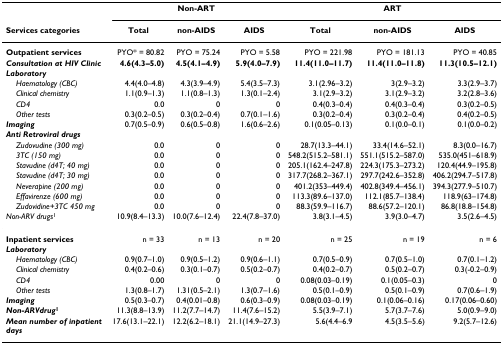
<table><thead><tr><td></td><td colspan="3"><b>Non-ART</b></td><td colspan="3"><b>ART</b></td></tr><tr><td><b>Services categories</b></td><td><b>Total</b></td><td><b>non-AIDS</b></td><td><b>AIDS</b></td><td><b>Total</b></td><td><b>non-AIDS</b></td><td><b>AIDS</b></td></tr></thead><tbody><tr><td><b>Outpatient services</b></td><td>PYO* = 80.82</td><td>PYO = 75.24</td><td>PYO = 5.58</td><td>PYO = 221.98</td><td>PYO = 181.13</td><td>PYO = 40.85</td></tr><tr><td><b><i>Consultation at HIV Clinic</i></b></td><td><b>4.6(4.3–5.0)</b></td><td><b>4.5(4.1–4.9)</b></td><td><b>5.9(4.0–7.9)</b></td><td><b>11.4(11.0–11.7)</b></td><td><b>11.4(11.0–11.8)</b></td><td><b>11.3(10.5–12.1)</b></td></tr><tr><td><b><i>Laboratory</i></b></td><td></td><td></td><td></td><td></td><td></td><td></td></tr><tr><td> <i>Haematology (CBC)</i></td><td>4.4(4.0–4.8)</td><td>4.3(3.9–4.9)</td><td>5.4(3.5–7.3)</td><td>3.1(2.96–3.2)</td><td>3(2.9–3.2)</td><td>3.3(2.9–3.7)</td></tr><tr><td> <i>Clinical chemistry</i></td><td>1.1(0.9–1.3)</td><td>1.1(0.8–1.3)</td><td>1.3(0.1–2.4)</td><td>3.1(2.9–3.2)</td><td>3.1(2.9–3.2)</td><td>3.2(2.8–3.6)</td></tr><tr><td> <i>CD4</i></td><td>0.0</td><td>0</td><td>0</td><td>0.4(0.3–0.4)</td><td>0.4(0.3–0.4)</td><td>0.3(0.2–0.5)</td></tr><tr><td> <i>Other tests</i></td><td>0.3(0.2–0.5)</td><td>0.3(0.2–0.4)</td><td>0.7(0.1–1.6)</td><td>0.3(0.2–0.4)</td><td>0.3(0.2–0.4)</td><td>0.4(0.2–0.5)</td></tr><tr><td><b><i>Imaging</i></b></td><td>0.7(0.5–0.9)</td><td>0.6(0.5–0.8)</td><td>1.6(0.6–2.6)</td><td>0.1(0.05–0.13)</td><td>0.1(0.0–0.1)</td><td>0.1(0.0–0.2)</td></tr><tr><td><b><i>Anti Retroviral drugs</i></b></td><td></td><td></td><td></td><td></td><td></td><td></td></tr><tr><td> <i>Zudovudine (300 mg)</i></td><td>0.0</td><td>0</td><td>0</td><td>28.7(13.3–44.1)</td><td>33.4(14.6–52.1)</td><td>8.3(0.0–16.7)</td></tr><tr><td> <i>3TC (150 mg)</i></td><td>0.0</td><td>0</td><td>0</td><td>548.2(515.2–581.1)</td><td>551.1(515.2–587.0)</td><td>535.0(451–618.9)</td></tr><tr><td> <i>Stavudine (d4T; 40 mg)</i></td><td>0.0</td><td>0</td><td>0</td><td>205.1(162.4–247.8)</td><td>224.3(175.3–273.2)</td><td>120.4(44.9–195.8)</td></tr><tr><td> <i>Stavudine (d4T; 30 mg)</i></td><td>0.0</td><td>0</td><td>0</td><td>317.7(268.2–367.1)</td><td>297.7(242.6–352.8)</td><td>406.2(294.7–517.8)</td></tr><tr><td> <i>Neverapine (200 mg)</i></td><td>0.0</td><td>0</td><td>0</td><td>401.2(353–449.4)</td><td>402.8(349.4–456.1)</td><td>394.3(277.9–510.7)</td></tr><tr><td> <i>Effavirenze (600 mg)</i></td><td>0.0</td><td>0</td><td>0</td><td>113.3(89.6–137.0)</td><td>112.1(85.7–138.4)</td><td>118.9(63–174.8)</td></tr><tr><td> <i>Zudovidine+3TC 450 mg</i></td><td>0.0</td><td>0</td><td>0</td><td>88.3(59.9–116.7)</td><td>88.6(57.2–120.1)</td><td>86.8(18.8–154.8)</td></tr><tr><td><i>Non-ARV drugs</i><sup>1</sup></td><td>10.9(8.4–13.3)</td><td>10.0(7.6–12.4)</td><td>22.4(7.8–37.0)</td><td>3.8(3.1–4.5)</td><td>3.9(3.0–4.7)</td><td>3.5(2.6–4.5)</td></tr><tr><td><b>Inpatient services</b></td><td>n = 33</td><td>n = 13</td><td>n = 20</td><td>n = 25</td><td>n = 19</td><td>n = 6</td></tr><tr><td><b><i>Laboratory</i></b></td><td></td><td></td><td></td><td></td><td></td><td></td></tr><tr><td> <i>Haematology (CBC)</i></td><td>0.9(0.7–1.0)</td><td>0.9(0.5–1.2)</td><td>0.9(0.6–1.1)</td><td>0.7(0.5–0.9)</td><td>0.7(0.5–1.0)</td><td>0.7(0.1–1.2)</td></tr><tr><td> <i>Clinical chemistry</i></td><td>0.4(0.2–0.6)</td><td>0.3(0.1–0.7)</td><td>0.5(0.2–0.7)</td><td>0.4(0.2–0.7)</td><td>0.5(0.2–0.7)</td><td>0.3(-0.2–0.9)</td></tr><tr><td> <i>CD4</i></td><td>0.00</td><td>0</td><td>0</td><td>0.08(0.03–0.19)</td><td>0.1(0.05–0.3)</td><td>0</td></tr><tr><td> <i>Other tests</i></td><td>1.3(0.8–1.7)</td><td>1.31(0.5–2.1)</td><td>1.3(0.7–1.6)</td><td>0.5(0.1–0.9)</td><td>0.5(0.1–0.9)</td><td>0.7(0.6–1.9)</td></tr><tr><td><b><i>Imaging</i></b></td><td>0.5(0.3–0.7)</td><td>0.4(0.01–0.8)</td><td>0.6(0.3–0.9)</td><td>0.08(0.03–0.19)</td><td>0.1(0.06–0.16)</td><td>0.17(0.06–0.60)</td></tr><tr><td><b><i>Non-ARVdrug</i><sup>1</sup></b></td><td>11.3(8.8–13.9)</td><td>11.2(7.7–14.7)</td><td>11.4(7.6–15.2)</td><td>5.5(3.9–7.1)</td><td>5.7(3.7–7.6)</td><td>5.0(0.9–9.0)</td></tr><tr><td><b><i>Mean number of inpatient days</i></b></td><td>17.6(13.1–22.1)</td><td>12.2(6.2–18.1)</td><td>21.1(14.9–27.3)</td><td>5.6(4.4–6.9</td><td>4.5(3.5–5.6)</td><td>9.2(5.7–12.6)</td></tr></tbody></table>